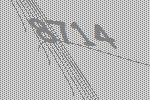
8714